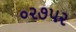
૦૨૭૫૨